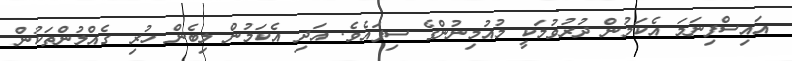
އައިސްފިނަމަ އެކަމުން ދުރުވުމަކީ މުއުމިނުންގެ ސިފައެވެ. އަދި އެކަމުން ލިބެން ހުރި ގެއްލުންތަކުން